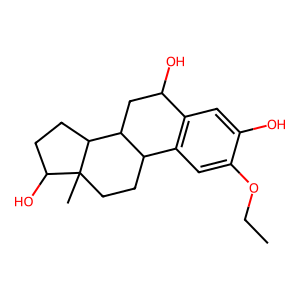
SMILES: CCOc1cc2c(cc1O)C(O)CC1C2CCC2(C)C(O)CCC12
Inhibits HIV replication: No